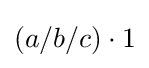
(a/b/c)\cdot 1